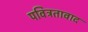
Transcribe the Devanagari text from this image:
पवित्रतावाद